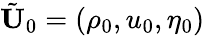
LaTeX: \tilde{\mathbf{U}}_{0}=\left({\rho_{0},u_{0},\eta_{0}}\right)